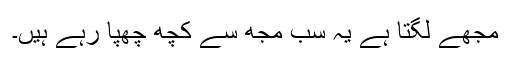
مجھے لگتا ہے یہ سب مجھ سے کچھ چھپا رہے ہیں۔